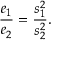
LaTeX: { \frac { e _ { 1 } } { e _ { 2 } } } = { \frac { s _ { 1 } ^ { 2 } } { s _ { 2 } ^ { 2 } } } .